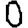
Digit: 0